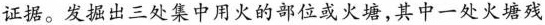
证据。发掘出三处集中用火的部位或火塘，其中一处火塘残